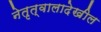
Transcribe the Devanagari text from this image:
नेतृत्वालादेखील